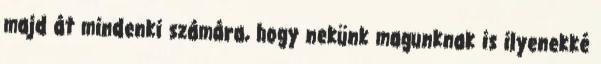
majd át mindenki számára, hogy nekünk magunknak is ilyenekké